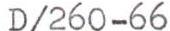
D/260 -66